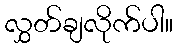
လွှတ်ချလိုက်ပါ။